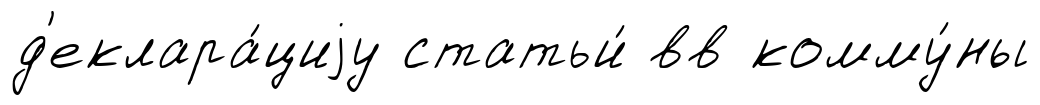
д'еклара́циjу статьи́ вв комму́ны